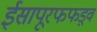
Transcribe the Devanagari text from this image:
ईसापूरफफड़्व